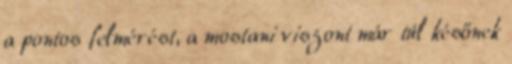
a pontos felmérést, a mostani viszont már túl későnek